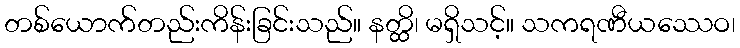
တစ်ယောက်တည်းကိန်းခြင်းသည်။ နတ္ထိ၊ မရှိသင့်။ သကရဏီယဿေဝ၊